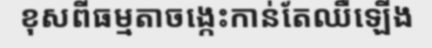
ខុសពីធម្មតាចង្កេះកាន់តែឈឺឡើង